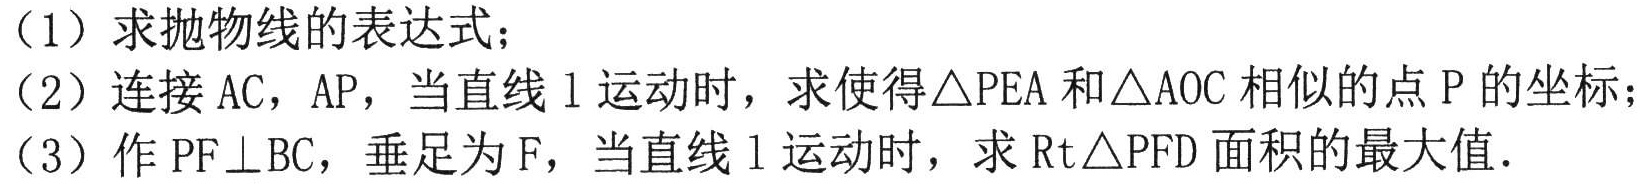
（1）求抛物线的表达式；
（2）连接 \(AC\)，\(AP\)，当直线 \(l\) 运动时，求使得\(\triangle PEA\)和\(\triangle AOC\)相似的点 \(P\) 的坐标；
（3）作 \(PF\perp BC\)，垂足为 \(F\)，当直线 \(l\) 运动时，求\(\mathrm{Rt}\triangle PFD\)面积的最大值．